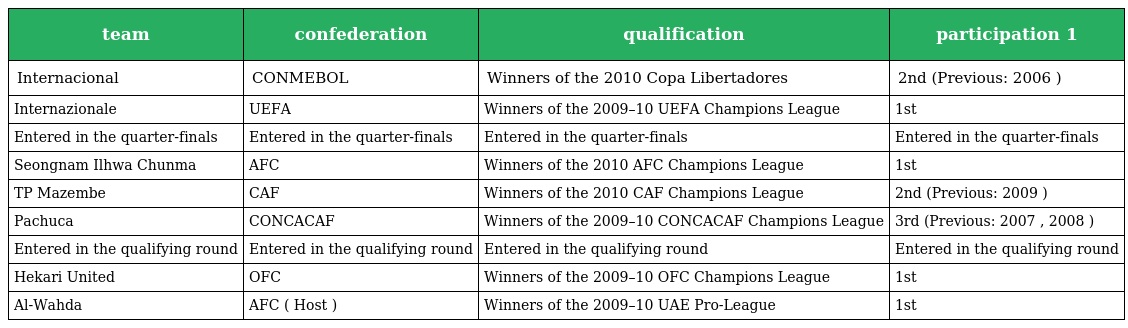
| team | confederation | qualification | participation 1 |
 | --- | --- | --- | --- |
 | Internacional | CONMEBOL | Winners of the 2010 Copa Libertadores | 2nd (Previous: 2006 ) |
 | Internazionale | UEFA | Winners of the 2009–10 UEFA Champions League | 1st |
 | Entered in the quarter-finals | Entered in the quarter-finals | Entered in the quarter-finals | Entered in the quarter-finals |
 | Seongnam Ilhwa Chunma | AFC | Winners of the 2010 AFC Champions League | 1st |
 | TP Mazembe | CAF | Winners of the 2010 CAF Champions League | 2nd (Previous: 2009 ) |
 | Pachuca | CONCACAF | Winners of the 2009–10 CONCACAF Champions League | 3rd (Previous: 2007 , 2008 ) |
 | Entered in the qualifying round | Entered in the qualifying round | Entered in the qualifying round | Entered in the qualifying round |
 | Hekari United | OFC | Winners of the 2009–10 OFC Champions League | 1st |
 | Al-Wahda | AFC ( Host ) | Winners of the 2009–10 UAE Pro-League | 1st |